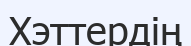
Хэттердің